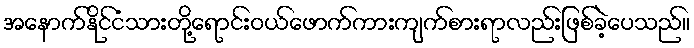
အနောက်နိုင်ငံသားတို့ရောင်းဝယ်ဖောက်ကားကျက်စားရာလည်းဖြစ်ခဲ့ပေသည်။